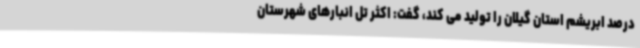
درصد ابریشم استان گیلان را تولید می کند، گفت: اکثر تل انبارهای شهرستان